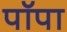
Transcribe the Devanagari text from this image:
पॉपा